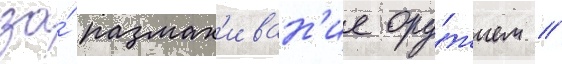
за́ размах'иван'ие ору́жием //